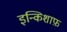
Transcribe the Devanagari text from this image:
इन्किशाफ़